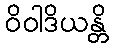
ဝိဝါဒိယန္တိ